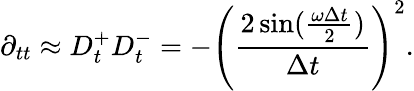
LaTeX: \partial_{tt}\approx D_{t}^{+}D_{t}^{-}=-\left(\frac{2\sin(\frac{\omega\Delta t}{2})}{\Delta t}\right)^{2}.